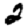
Digit: 2